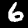
Label: 6